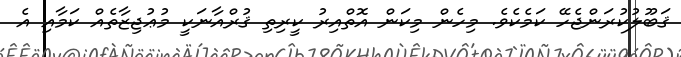
ޤަބޫލުކުރަންޖެހޭ ކަމެކެވެ. މިހެން މިކަން އޮތްއިރު ކީރިތި ޤުރްއާނަކީ މުޢުޖިޒާތެއް ކަމާއި އެ